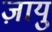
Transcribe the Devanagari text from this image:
ज़ायु